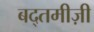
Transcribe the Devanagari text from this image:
बद्तमीज़ी